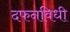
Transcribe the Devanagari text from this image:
दफनविधी